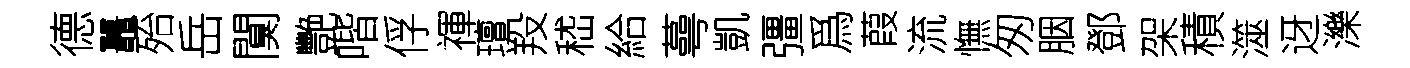
德鼉殆岳闃艷喈俘禈璮羖嵇給蕚凱彊爲葭流憮匆胭鄧架積澨迓濼